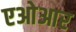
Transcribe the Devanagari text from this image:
एओआर